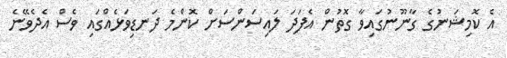
އެ ކޮމިޝަނުގެ ގާނޫނުގައިވާ ގޮތުން އެފަދަ ލައިސަންސަށް ކޮންމެ ދަނޑިވަޅެއްގައި ވެސް އެދެވޭނެ